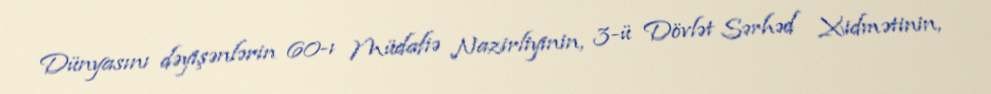
Dünyasını dəyişənlərin 60-ı Müdafiə Nazirliyinin, 3-ü Dövlət Sərhəd Xidmətinin,